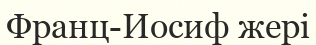
Франц-Иосиф жері